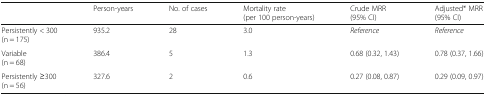
<table><thead><tr><td></td><td><b>Person-years</b></td><td><b>No. of cases</b></td><td><b>Mortality rate(per 100 person-years)</b></td><td><b>Crude MRR(95% CI)</b></td><td><b>Adjusted* MRR(95% CI)</b></td></tr></thead><tbody><tr><td>Persistently &lt; 300(n = 175)</td><td>935.2</td><td>28</td><td>3.0</td><td><i>Reference</i></td><td><i>Reference</i></td></tr><tr><td>Variable(n = 68)</td><td>386.4</td><td>5</td><td>1.3</td><td>0.68 (0.32, 1.43)</td><td>0.78 (0.37, 1.66)</td></tr><tr><td>Persistently ≥300(n = 56)</td><td>327.6</td><td>2</td><td>0.6</td><td>0.27 (0.08, 0.87)</td><td>0.29 (0.09, 0.97)</td></tr></tbody></table>